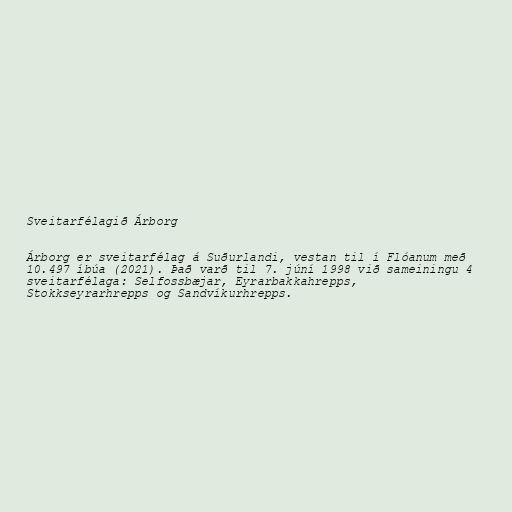
Sveitarfélagið Árborg

Árborg er sveitarfélag á Suðurlandi, vestan til í Flóanum með
10.497 íbúa (2021). Það varð til 7. júní 1998 við sameiningu 4
sveitarfélaga: Selfossbæjar, Eyrarbakkahrepps,
Stokkseyrarhrepps og Sandvíkurhrepps.